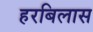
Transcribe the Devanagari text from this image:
हरबिलास